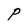
Character: P